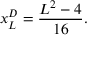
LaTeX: x _ { L } ^ { D } = \frac { L ^ { 2 } - 4 } { 1 6 } .